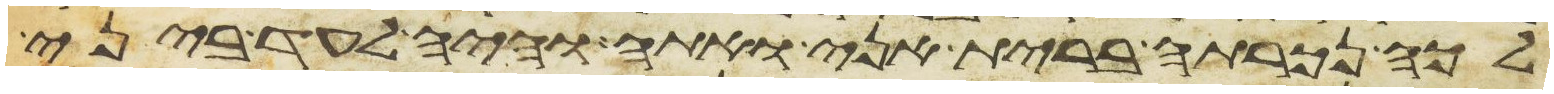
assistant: לכה נכרתה ברית אני ואתה והיה לעד ביני